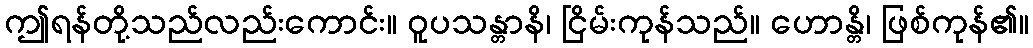
ဤရန်တို့သည်လည်းကောင်း။ ဝူပသန္တာနိ၊ ငြိမ်းကုန်သည်။ ဟောန္တိ၊ ဖြစ်ကုန်၏။